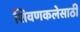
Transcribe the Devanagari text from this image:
शिवणकलेसाठी